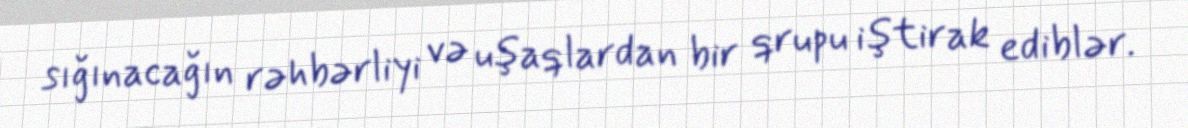
sığınacağın rəhbərliyi və uşaqlardan bir qrupu iştirak ediblər.